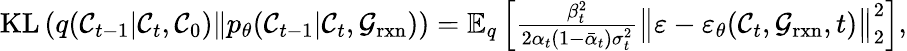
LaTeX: \begin{array}{r}{\mathrm{KL}\left(q(\mathcal{C}_{t-1}\vert\mathcal{C}_{t},\mathcal{C}_{0})\Vert p_{\theta}(\mathcal{C}_{t-1}\vert\mathcal{C}_{t},\mathcal{G}_{\mathrm{rxn}})\right)=\mathbb{E}_{q}\left[\frac{\beta_{t}^{2}}{2\alpha_{t}(1-\bar{\alpha}_{t})\sigma_{t}^{2}}\big\Vert\varepsilon-\varepsilon_{\theta}(\mathcal{C}_{t},\mathcal{G}_{\mathrm{rxn}},t)\big\Vert_{2}^{2}\right],}\end{array}